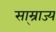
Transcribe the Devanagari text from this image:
सा्म्राज्य